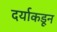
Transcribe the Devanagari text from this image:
दर्याकडून